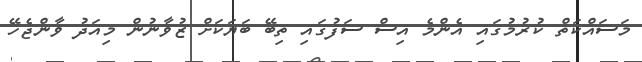
މަސައްކަތް ކުރުމުގައި އެންމެ އިސް ސަފުގައި ތިބޭ ބަޔަކަށް ޒުވާނުން މިއަދު ވާންޖެހޭ